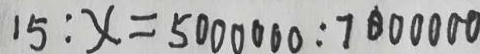
1 5 : x = 5 0 0 0 0 0 0 : 7 0 0 0 0 0 0 0